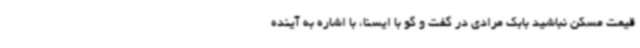
قیمت مسکن نباشید بابک مرادی در گفت و گو با ایسنا، با اشاره به آینده